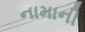
નામાની